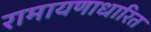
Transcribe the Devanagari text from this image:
रामायणाधारित